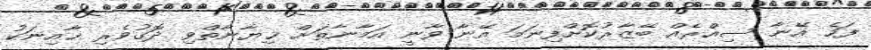
ފަހެ އޭނާ ސިއްރެއް ބޭޒާރުކޮށްފިނަމަ އޭނާ ވާނީ އަމާނާތަށް ޚިޔާނާތްވި ދޮގުވެރި ޚާއިނަކު